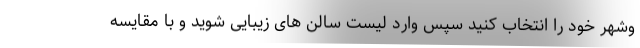
وشهر خود را انتخاب کنید سپس وارد لیست سالن های زیبایی شوید و با مقایسه